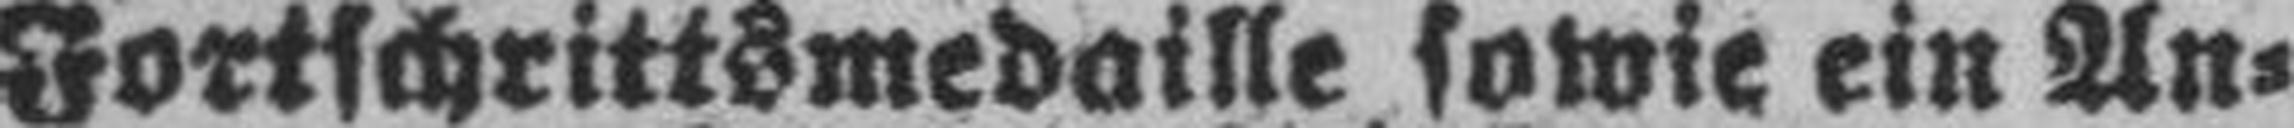
Fortschrittsmedaille sowie ein An¬